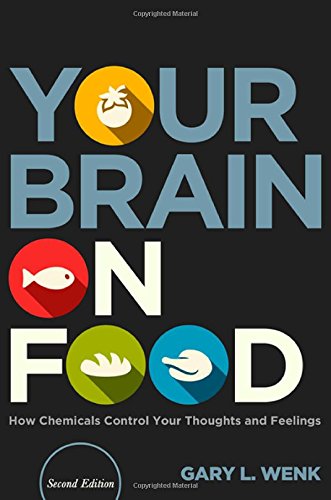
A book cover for Your Brain on Food: How Chemicals Control Your Thoughts and Feelings, Second Edition; Gary L. Wenk; Medical Books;